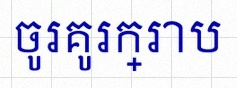
ចូរគូរក្រាប